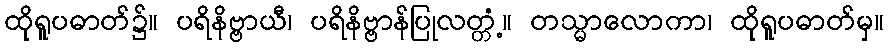
ထိုရူပဓာတ်၌။ ပရိနိဗ္ဗာယီ၊ ပရိနိဗ္ဗာန်ပြုလတ္တံ့။ တသ္မာလောကာ၊ ထိုရူပဓာတ်မှ။